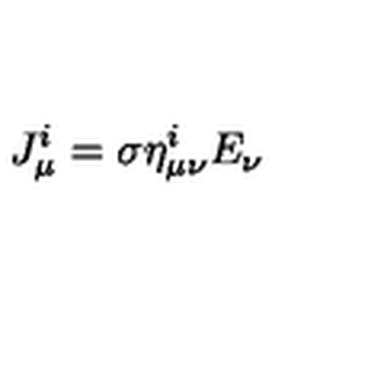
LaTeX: J _ { \mu } ^ { i } = \sigma \eta _ { \mu \nu } ^ { i } E _ { \nu }